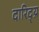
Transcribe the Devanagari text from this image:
दारिद्य्र